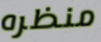
منظره